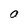
Character: O